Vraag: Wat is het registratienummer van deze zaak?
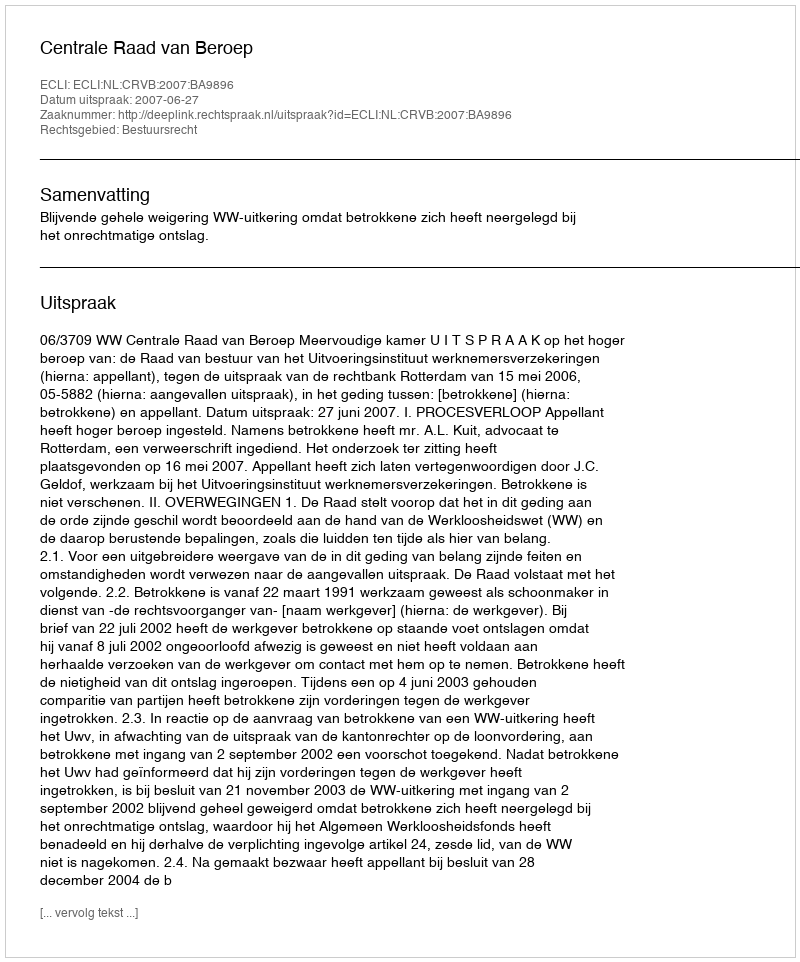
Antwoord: http://deeplink.rechtspraak.nl/uitspraak?id=ECLI:NL:CRVB:2007:BA9896